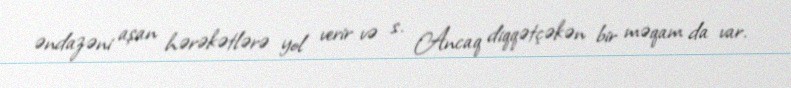
əndazəni aşan hərəkətlərə yol verir və s. Ancaq diqqətçəkən bir məqam da var.